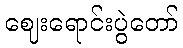
ဈေးရောင်းပွဲတော်